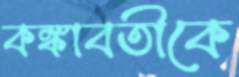
কঙ্কাবতীকে